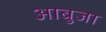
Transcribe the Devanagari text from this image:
आबुजा